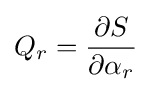
Q_{r}={\frac {\partial S}{\partial \alpha _{r}}}